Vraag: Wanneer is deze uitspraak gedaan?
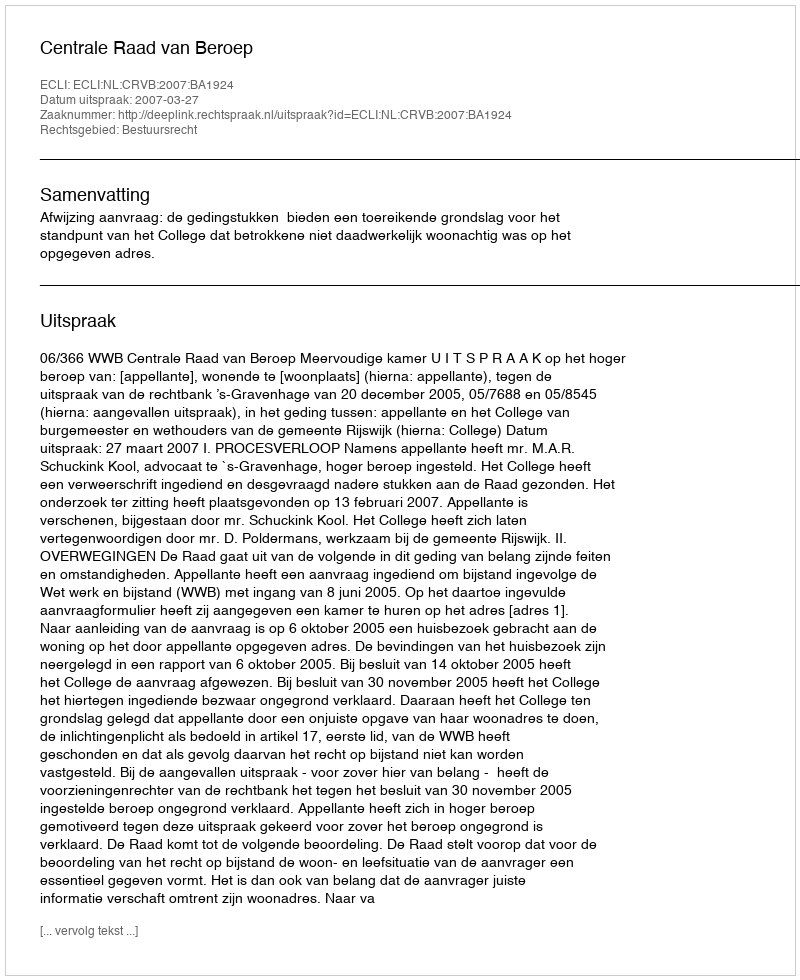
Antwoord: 2007-03-27